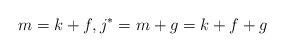
LaTeX: \begin{align*}m = k + f,j^* = m + g = k + f + g\end{align*}